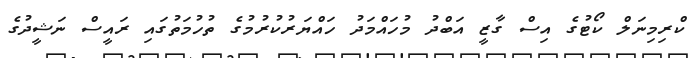
ކްރިމިނަލް ކޯޓުގެ އިސް ގާޒީ އަބްދު މުހައްމަދު ހައްޔަރުކުރުމުގެ ތުހުމަތުގައި ރައީސް ނަޝީދުގެ